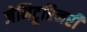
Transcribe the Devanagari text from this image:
जेनिटूरिनरी